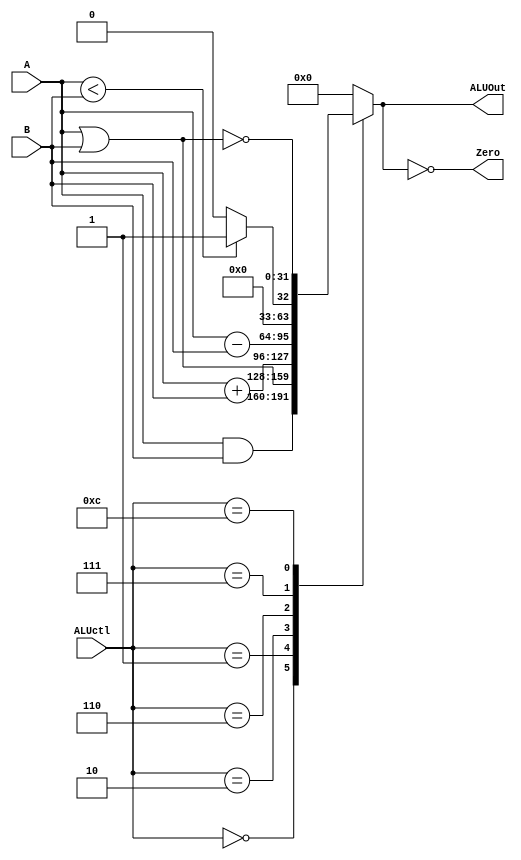
// 00410893

//////////////////////////////////////////////////////////////////////////////////
// Company:
// Engineer:
//
// Create Date:   
// Design Name:
// Module Name:    ALU
// Project Name:
// Target Devices:
// Tool versions:
// Description:
//////////////////////////////////////////////////////////////////////////////////

module ALU (ALUctl, A, B, ALUOut, Zero);
   input [4-1:0] ALUctl;
   input signed [32-1:0] A,B;
   output reg [32-1:0] ALUOut;
   output Zero;
   assign Zero = (ALUOut == 0);
   always @(ALUctl, A, B) begin
      case (ALUctl)
	0: ALUOut <= A & B;
	1: ALUOut <= A | B;
	2: ALUOut <= A + B;
	6: ALUOut <= A - B;
	7: ALUOut <= A < B ? 1 : 0;
	12: ALUOut <= ~(A | B);
	default: ALUOut <= 0;
      endcase
    end
endmodule